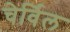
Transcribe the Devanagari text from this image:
चेर्विल